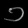
Digit: ၁